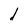
Character: d